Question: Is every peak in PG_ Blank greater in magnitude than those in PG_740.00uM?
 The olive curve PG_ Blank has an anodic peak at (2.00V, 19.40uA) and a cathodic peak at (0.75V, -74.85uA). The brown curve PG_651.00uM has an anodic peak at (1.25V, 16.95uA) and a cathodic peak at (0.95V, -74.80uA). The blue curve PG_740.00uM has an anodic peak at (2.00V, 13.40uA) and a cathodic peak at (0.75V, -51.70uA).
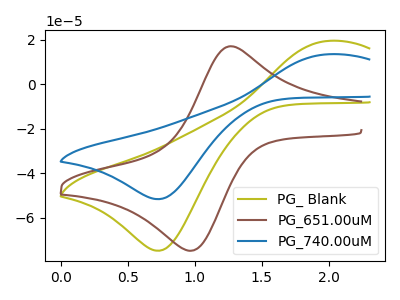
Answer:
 <answer>Every peak in "PG_ Blank" is higher than every peak in "PG_740.00uM".</answer>
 <eval>higher</eval>